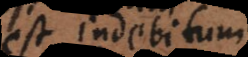
est debitum;